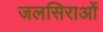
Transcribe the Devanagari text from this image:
जलसिराओं